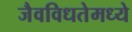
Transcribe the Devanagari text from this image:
जैवविधतेमध्ये